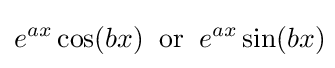
e^{ax}\cos(bx)\;\;\mathrm {or} \;\;e^{ax}\sin(bx)\!